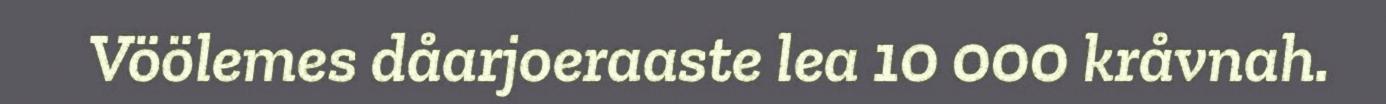
Vöölemes dåarjoeraaste lea 10 000 kråvnah.